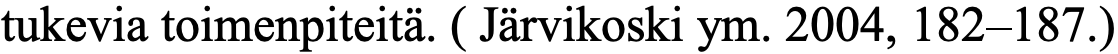
tukevia toimenpiteitä. ( Järvikoski ym. 2004, 182–187.)